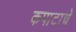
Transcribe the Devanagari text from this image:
कपाटाचे